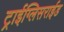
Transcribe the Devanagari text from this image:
ट्राईग्लिसराईड